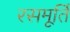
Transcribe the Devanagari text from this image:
रसमूर्ति